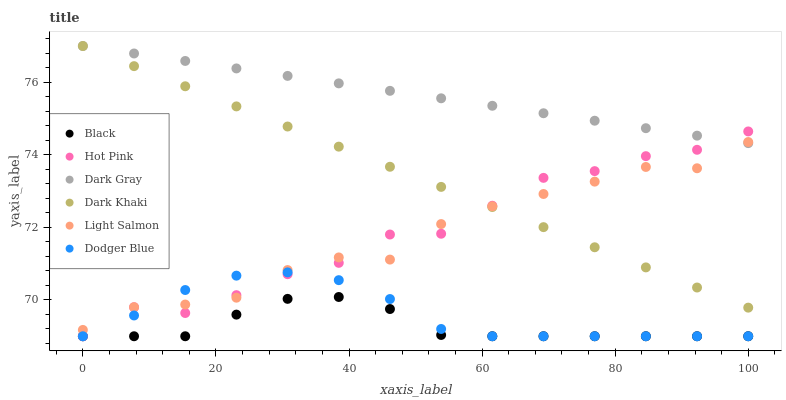
| xaxis_label | Black | Hot Pink | Dark Gray | Dark Khaki | Light Salmon | Dodger Blue |
 | --- | --- | --- | --- | --- | --- | --- |
 | 0 | 69 | 69 | 77 | 77 | 69.2 | 69 |
 | 7.69 | 69 | 69.8 | 76.8 | 76.4 | 69.8 | 69.6 |
 | 15.4 | 69 | 69.6 | 76.6 | 75.9 | 69.9 | 70.3 |
 | 23.1 | 69.6 | 70.1 | 76.4 | 75.3 | 70.1 | 70.7 |
 | 30.8 | 70 | 70.7 | 76.2 | 74.8 | 70.8 | 70.8 |
 | 38.5 | 70.1 | 71 | 76 | 74.2 | 71.2 | 70.5 |
 | 46.2 | 69.8 | 71.8 | 75.8 | 73.7 | 71.1 | 70 |
 | 53.8 | 69 | 71.8 | 75.6 | 73.1 | 72.1 | 69.2 |
 | 61.5 | 69 | 72.6 | 75.4 | 72.6 | 72.6 | 69 |
 | 69.2 | 69 | 73.4 | 75.1 | 72 | 72.9 | 69 |
 | 76.9 | 69 | 73.6 | 74.9 | 71.5 | 73.3 | 69 |
 | 84.6 | 69 | 74 | 74.7 | 70.9 | 73.7 | 69 |
 | 92.3 | 69 | 74.1 | 74.5 | 70.3 | 73.6 | 69 |
 | 100 | 69 | 74.6 | 74.3 | 69.8 | 74.4 | 69 |